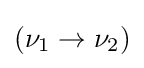
{\textstyle (\nu _{1}\rightarrow \nu _{2})}